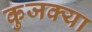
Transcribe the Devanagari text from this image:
कुजक्या